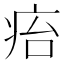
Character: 㾂